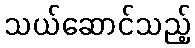
သယ်ဆောင်သည့်